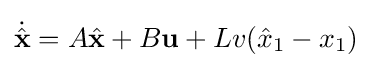
{\dot {\hat {\mathbf {x} }}}=A{\hat {\mathbf {x} }}+B\mathbf {u} +Lv({\hat {x}}_{1}-x_{1})